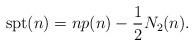
LaTeX: \begin{align*}\mathrm{spt}(n)= n p(n) - \frac{1}{2} N_{2}(n).\end{align*}